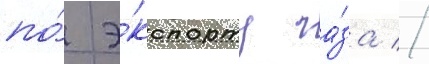
по́ э́кспорту га́за //